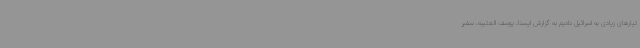
تیارهای زیادی به اسرائیل دادیم به گزارش ایسنا، یوسف العتیبه، سفیر